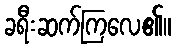
ခရီးဆက်ကြလေ၏။